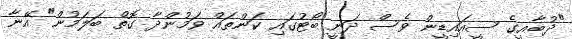
"ދުބާއީގެ ސީއައިޑީން ވެސް ދަނީ ބޯޓުގައި ކަންތައް ވަމުންދާ ގޮތް ބަލަމުން" އޭނާ